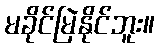
မခိုင်မြဲနိုင်ဘူး။